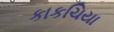
કાકચિયા